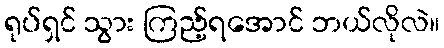
ရုပ်ရှင် သွား ကြည့်ရအောင် ဘယ်လိုလဲ။